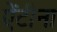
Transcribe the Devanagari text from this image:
ऐंटीना